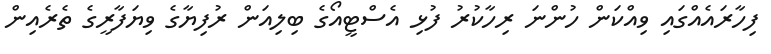
ފިހާރައެއްގައި ވިއްކަން ހުންނަ ރިހާކުރު ފުޅި އެސްޓީއޯގެ ބިލިއަން ރުފިޔާގެ ވިޔަފާރީގެ ތެރެއިން